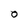
Character: O